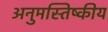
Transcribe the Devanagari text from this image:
अनुमस्तिष्‍कीय